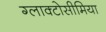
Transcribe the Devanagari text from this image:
ग्लाक्टोसीमिया